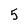
Character: 5